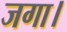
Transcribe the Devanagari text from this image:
जगा।